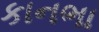
કાનભા